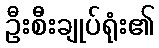
ဦးစီးချုပ်ရုံး၏